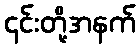
၎င်းတို့အနက်